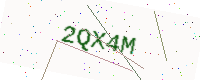
Text: 2QX4M